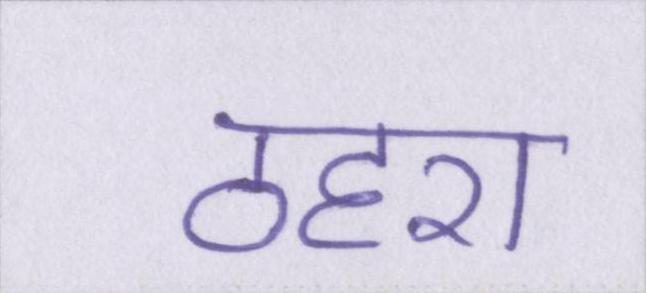
ठहरा